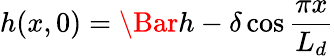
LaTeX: h(x,0)=\Bar{h}-\delta\cos{\frac{\pi x}{L_{d}}}